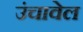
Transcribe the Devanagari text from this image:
उंचावेल